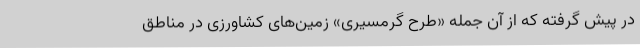
در پیش گرفته که از آن جمله «طرح گرمسیری» زمین‌های کشاورزی در مناطق